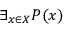
\exists _ { x \in X } P ( x )